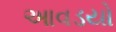
આવડયો